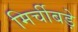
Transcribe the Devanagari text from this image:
मिर्चीबड़े